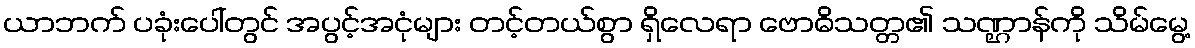
ယာဘက် ပခုံးပေါ်တွင် အပွင့်အငုံများ တင့်တယ်စွာ ရှိလေရာ ဗောဓိသတ္တ၏ သဏ္ဌာန်ကို သိမ်မွေ့